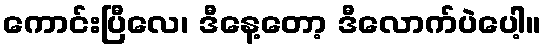
ကောင်းပြီလေ၊ ဒီနေ့တော့ ဒီလောက်ပဲပေါ့။